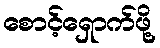
စောင့်ရှောက်ဖို့